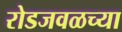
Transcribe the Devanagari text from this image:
रोडजवळच्या